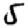
Digit: 5